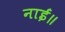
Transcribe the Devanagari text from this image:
नाईं॥